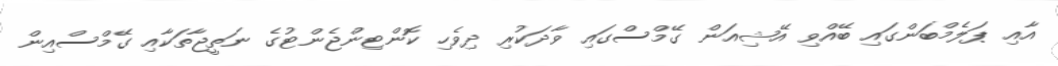
އާއި ޕަލެމްބަންގައި ބޭއްވި އޭޝިއަން ގޭމްސްގައި ވާދަކުރި ދިވެހި ކޮންޓިންޖެންޓުގެ ނަތީޖާތަކާއި ގޭމްސްއިން